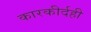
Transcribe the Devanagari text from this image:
कारकीर्दही